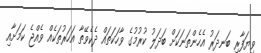
ވިޔަފާރި ބަނދަރު އެހެންތަނަކަށް ބަދަލު ކުރުމުގެ ވާހަކަތައް ދެކެވޭތާ އަހަރުތަކެއް ވެއްޖެ ކަމަށާއި